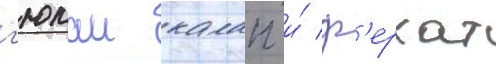
г'юлаи калап и́ ф'ерхат